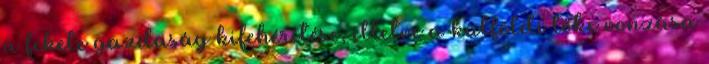
a fekete gazdaság kifehérítése, illetve a külföldi tőke vonzása